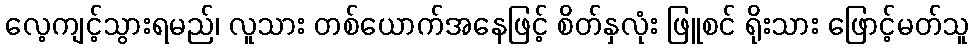
လေ့ကျင့်သွားရမည်၊ လူသား တစ်ယောက်အနေဖြင့် စိတ်နှလုံး ဖြူစင် ရိုးသား ဖြောင့်မတ်သူ